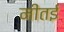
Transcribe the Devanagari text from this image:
मीतई